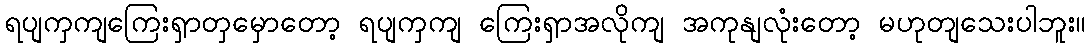
ရပျကှကျကြေးရှာတှမှောတော့ ရပျကှကျ ကြေးရှာအလိုကျ အကုနျလုံးတော့ မဟုတျသေးပါဘူး။